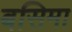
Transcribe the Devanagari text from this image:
बसिमा